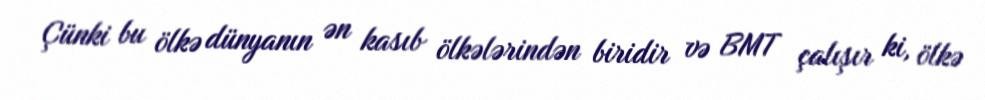
Çünki bu ölkə dünyanın ən kasıb ölkələrindən biridir və BMT çalışır ki, ölkə